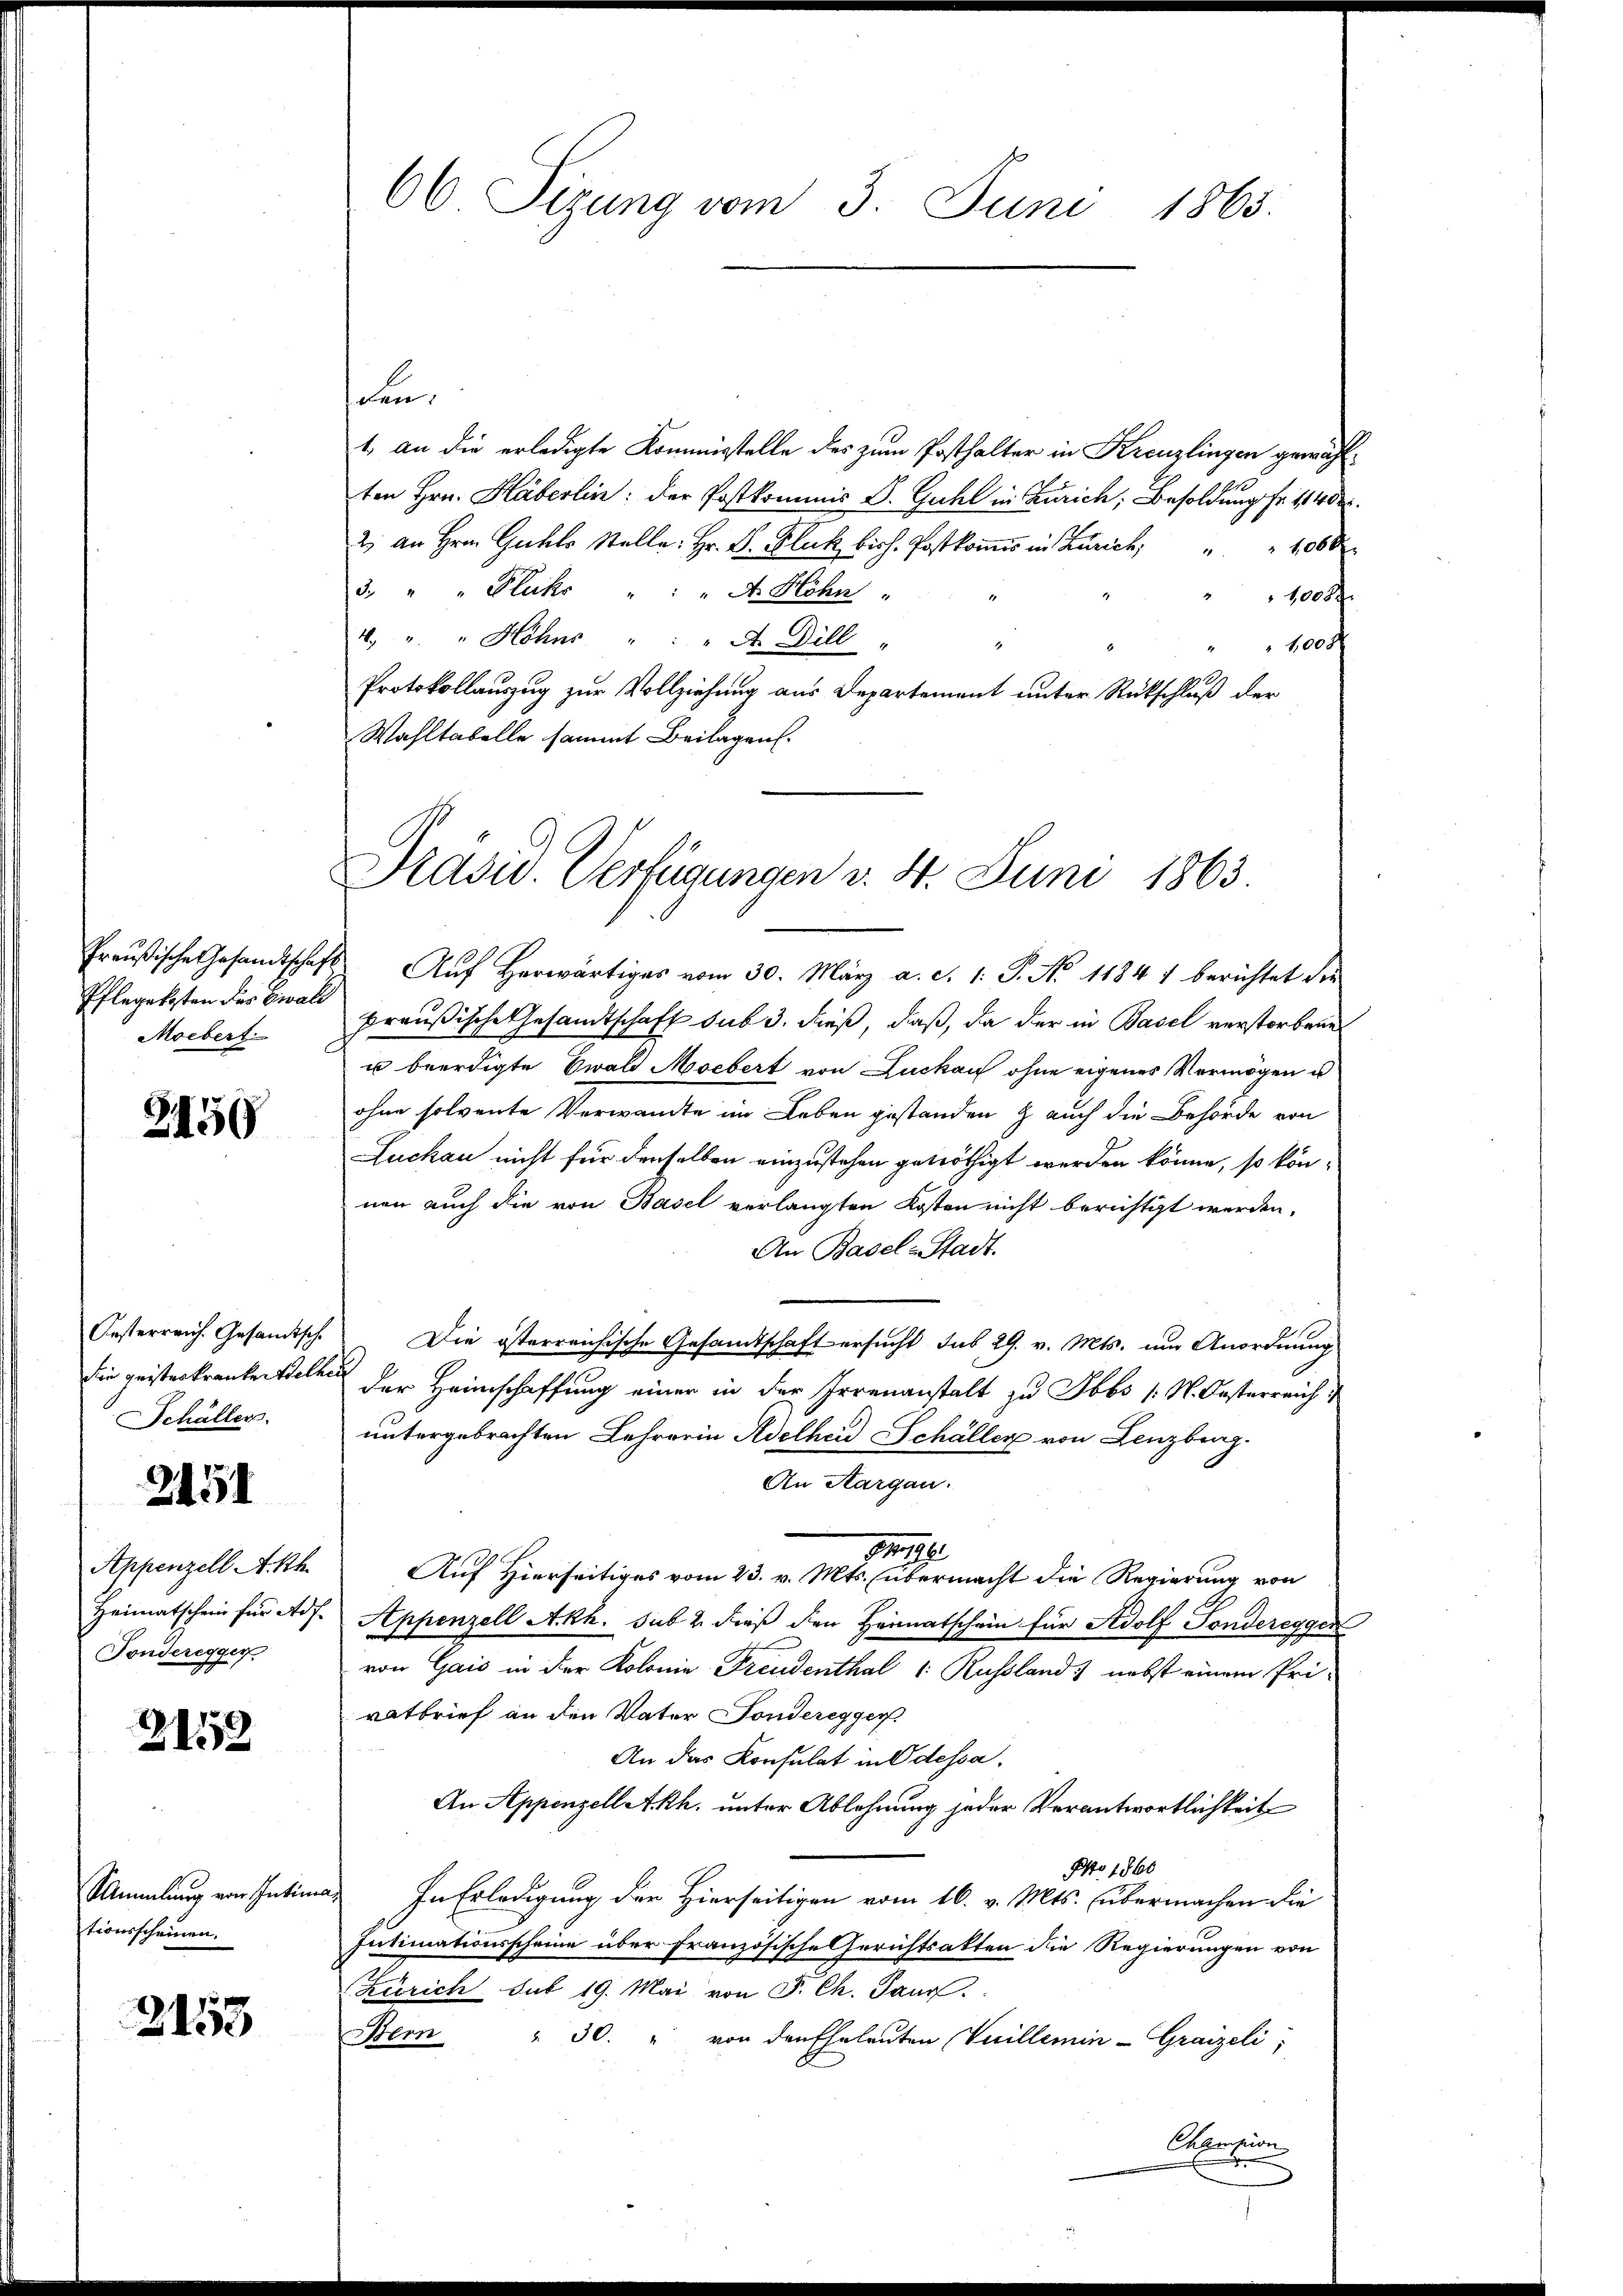
Preußische Gesandtschaft
Pflegetzten das Gewald
Moebert.

Z456

Oesterreich. Gesandtsch.
die geisteskranken Stelle
Schöller.

2151

Seppenzell A. Rh.
Heimatschein für Adf.
Fonderegger

2152

Sammlung von Intim
tionsscheinen,

2153

den.
1. an die erledigte Kommisstelle des zum Posthalter in Kreuzlingen gewählten Hrn. Häberlin: der Postkommis D. Guhl in Zürich, Besoldung fr. 114 dk
2   Stelle Hr. Flio. Postkomis in Zürich " " 1000
3. " " Plukr " " " A. Höhn
" " 100xx
4. " " Hohns " " " A. Dill
 100 x
Protokollauszug zur Vollziehung aus Departement unter Rückschluß der
Wahltabelle sammt Beilagen.

66 Sizung vom 3. Juni 1865.

Pravid Verfügungen v. 4. Juni 1863

Auf herwärtiges vom 30. März a. c. 1: P. No 11847 berichtet die
preußische Gesandtschaft sub 3. dieß, daß, da der in Basel verstorbene
u beerdigte Ewald Moebert von Luckau ohne eigenes Vermögen u
ohne solvente Verwandte im Leben gestanden & auch die Behörde von
Luckau nicht für denselben einzustehen getröthigt werden könne, so können auch die von Basel verlangten Kosten nicht berichtigt werden.
An Basel-Stadt.
Die österreichische Gesandtschaft ersucht sub 29. v. Mts. um Anordnung
der Heimschaffung einer in der Irrenanstalt zu Tobs (N. Oesterreich
untergebrachten Lehrerin Adelheid Schöller von Lenzberg
An Aargau.
Be
Auf Hierseitiges vom 23. v. Mts. (übermacht die Regierung von
Appenzell Akh. sub 2 dieß den Heimatschein für Adolf Sonderegger
von Gaić in der Kolonie Freudenthal ( Russland) nebst einem Pri-
ratbrief an den Vater Fonderegger
An das Konsulat in Odessa.
An Appenzell Akh. unter Ablehnung jeder Verantwortlichkeit
Nro 1860
In Erledigung der Hierseitigen vom 16. v. Mts. übermachen die
Intimationsscheine über französische Gerichtsakten die Regierungen von
Zürich sub 19. Mai von J. Ch. Saur.
Bern " 30. " von den Eheleuten Vicillemin-Graizeli;
Chportion